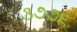
૩૭૭૬